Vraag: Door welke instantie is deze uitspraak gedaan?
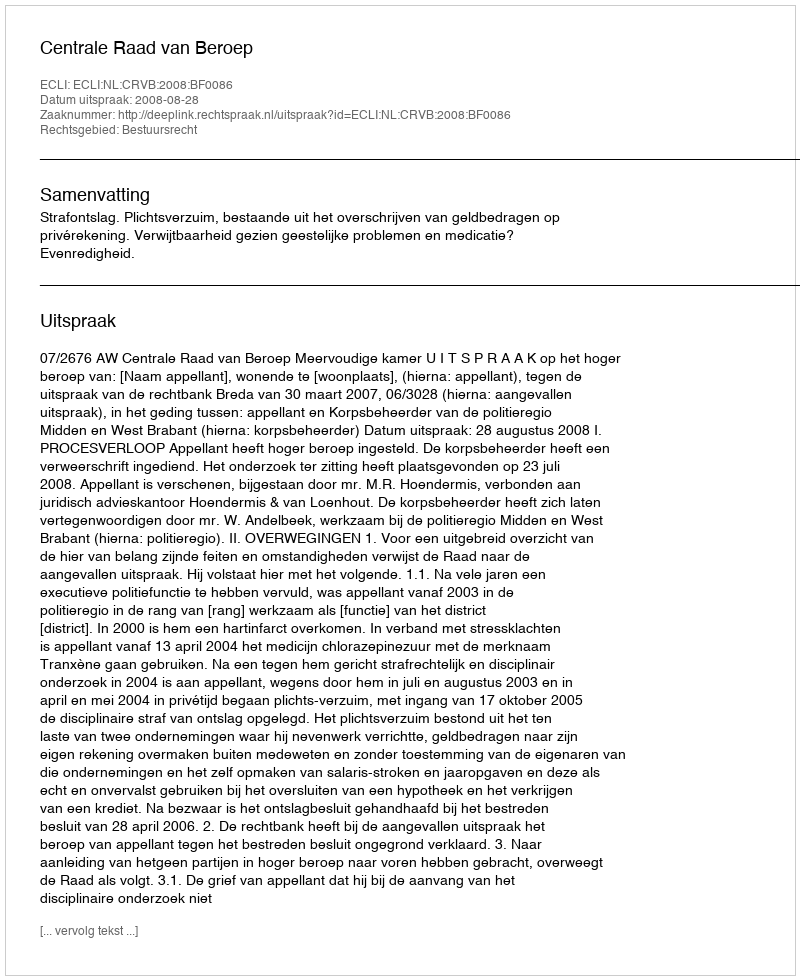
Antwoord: Centrale Raad van Beroep